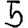
Digit: 5